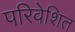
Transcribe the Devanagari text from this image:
परिवेशित